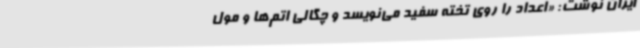
ایران نوشت: «اعداد را روی تخته سفید می‌نویسد و چگالی اتم‌ها و مول